Annual report on the mental hospital in the Central Provinces and Berar (Nagpur) - 1927-1951
Year: 1927
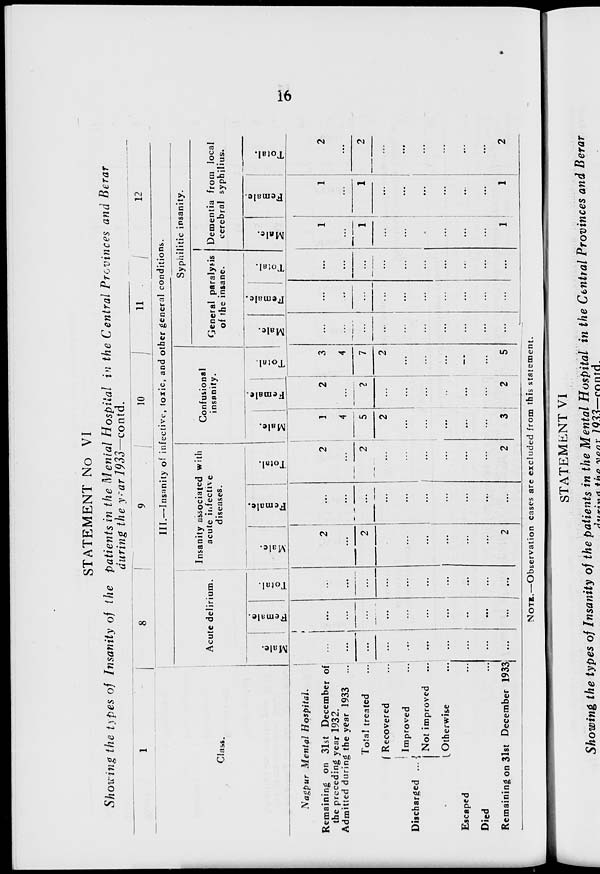
16
STATEMENT No VI
Showing the types of Insanity of the patients in the Menial Hospital in the Central Provinces and Berar
during the year 1933—contd.
1
Class.
Nagpur Mental
Hospital.
Remaining on 31st December of
the preceding year 1932.
Admitted during the year 1933 ...
Total treated ...
Discharged ...
Recovered ...
Improved ...
Not improved ...
Otherwise ...
Escaped ...
Died ...
Remaining on 31st December 1933
8
9
10
11
12
III.—Insanity of infective, toxic, and other general conditions.
Acute delirium.
Male.
...
...
...
...
...
...
...
...
...
...
Female.
...
...
...
...
...
...
...
...
...
...
Total.
...
...
...
...
...
...
...
...
...
...
Insanity associated with
acute infective
diseases.
Male.
2
...
2
...
...
...
...
...
...
2
Female.
...
...
...
...
...
...
...
...
...
...
Total.
2
...
2
...
...
...
...
...
...
2
Confusional
insanity.
Male.
1
4
5
2
...
...
...
...
...
3
Female.
2
...
2
...
...
...
...
...
...
2
Total.
3
4
7
2
...
...
...
...
...
5
Syphilitic insanity.
General paralysis
of the insane.
Male.
...
...
...
...
...
...
...
...
...
...
Female.
...
...
...
...
...
...
...
...
...
...
Total.
...
...
...
...
...
...
...
...
...
...
Dementia from local
cerebral syphilius.
Male.
1
...
1
...
...
...
...
...
...
1
Female.
1
...
1
...
...
...
...
...
...
1
Total.
2
...
2
...
...
...
...
...
...
2
NOTE.—Observation cases are excluded from this statement.